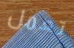
تعمل